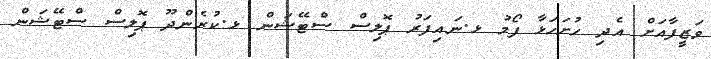
ވަޒީފާއަށް އެދި ހުށަހަޅާ ފޯމު ޅ.ނައިފަރު ޕޮލިސް ސްޓޭޝަން ޅ.ކުރެންދޫ ޕޮލިސް ސްޓޭޝަން